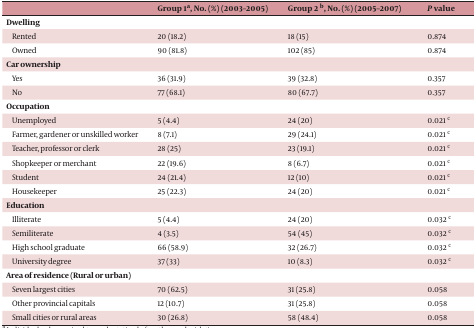
<table><thead><tr><td></td><td><b>Group 1a, No. (%) (2003–2005)</b></td><td><b>Group 2 b, No. (%) (2005–2007)</b></td><td><b><i>P</i> value</b></td></tr></thead><tbody><tr><td><b>Dwelling</b></td><td></td><td></td><td></td></tr><tr><td>Rented</td><td>20 (18.2)</td><td>18 (15)</td><td>0.874</td></tr><tr><td>Owned</td><td>90 (81.8)</td><td>102 (85)</td><td>0.874</td></tr><tr><td><b>Car ownership</b></td><td></td><td></td><td></td></tr><tr><td>Yes</td><td>36 (31.9)</td><td>39 (32.8)</td><td>0.357</td></tr><tr><td>No</td><td>77 (68.1)</td><td>80 (67.7)</td><td>0.357</td></tr><tr><td><b>Occupation</b></td><td></td><td></td><td></td></tr><tr><td>Unemployed</td><td>5 (4.4)</td><td>24 (20)</td><td>0.021 c</td></tr><tr><td>Farmer, gardener or unskilled worker</td><td>8 (7.1)</td><td>29 (24.1)</td><td>0.021 c</td></tr><tr><td>Teacher, professor or clerk</td><td>28 (25)</td><td>23 (19.1)</td><td>0.021 c</td></tr><tr><td>Shopkeeper or merchant</td><td>22 (19.6)</td><td>8 (6.7)</td><td>0.021 c</td></tr><tr><td>Student</td><td>24 (21.4)</td><td>12 (10)</td><td>0.021 c</td></tr><tr><td>Housekeeper</td><td>25 (22.3)</td><td>24 (20)</td><td>0.021 c</td></tr><tr><td><b>Education</b></td><td></td><td></td><td></td></tr><tr><td>Illiterate</td><td>5 (4.4)</td><td>24 (20)</td><td>0.032 c</td></tr><tr><td>Semiliterate</td><td>4 (3.5)</td><td>54 (45)</td><td>0.032 c</td></tr><tr><td>High school graduate</td><td>66 (58.9)</td><td>32 (26.7)</td><td>0.032 c</td></tr><tr><td>University degree</td><td>37 (33)</td><td>10 (8.3)</td><td>0.032 c</td></tr><tr><td><b>Area of residence (Rural or urban)</b></td><td></td><td></td><td></td></tr><tr><td>Seven largest cities</td><td>70 (62.5)</td><td>31 (25.8)</td><td>0.058</td></tr><tr><td>Other provincial capitals</td><td>12 (10.7)</td><td>31 (25.8)</td><td>0.058</td></tr><tr><td>Small cities or rural areas</td><td>30 (26.8)</td><td>58 (48.4)</td><td>0.058</td></tr></tbody></table>